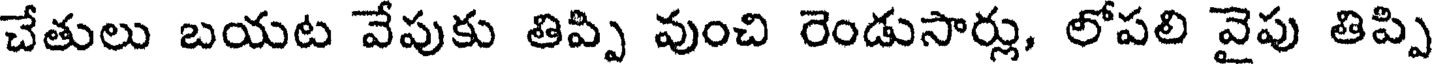
చేతులు బయట వేపుకు తిప్పి వుంచి రెండుసార్లు, లోపలి వైపు తిప్పి